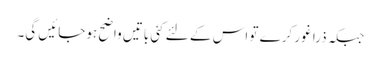
جبکہ ذرا غور کرے تو اس کے لئے کئی باتیں واضح ہوجائیں گی۔